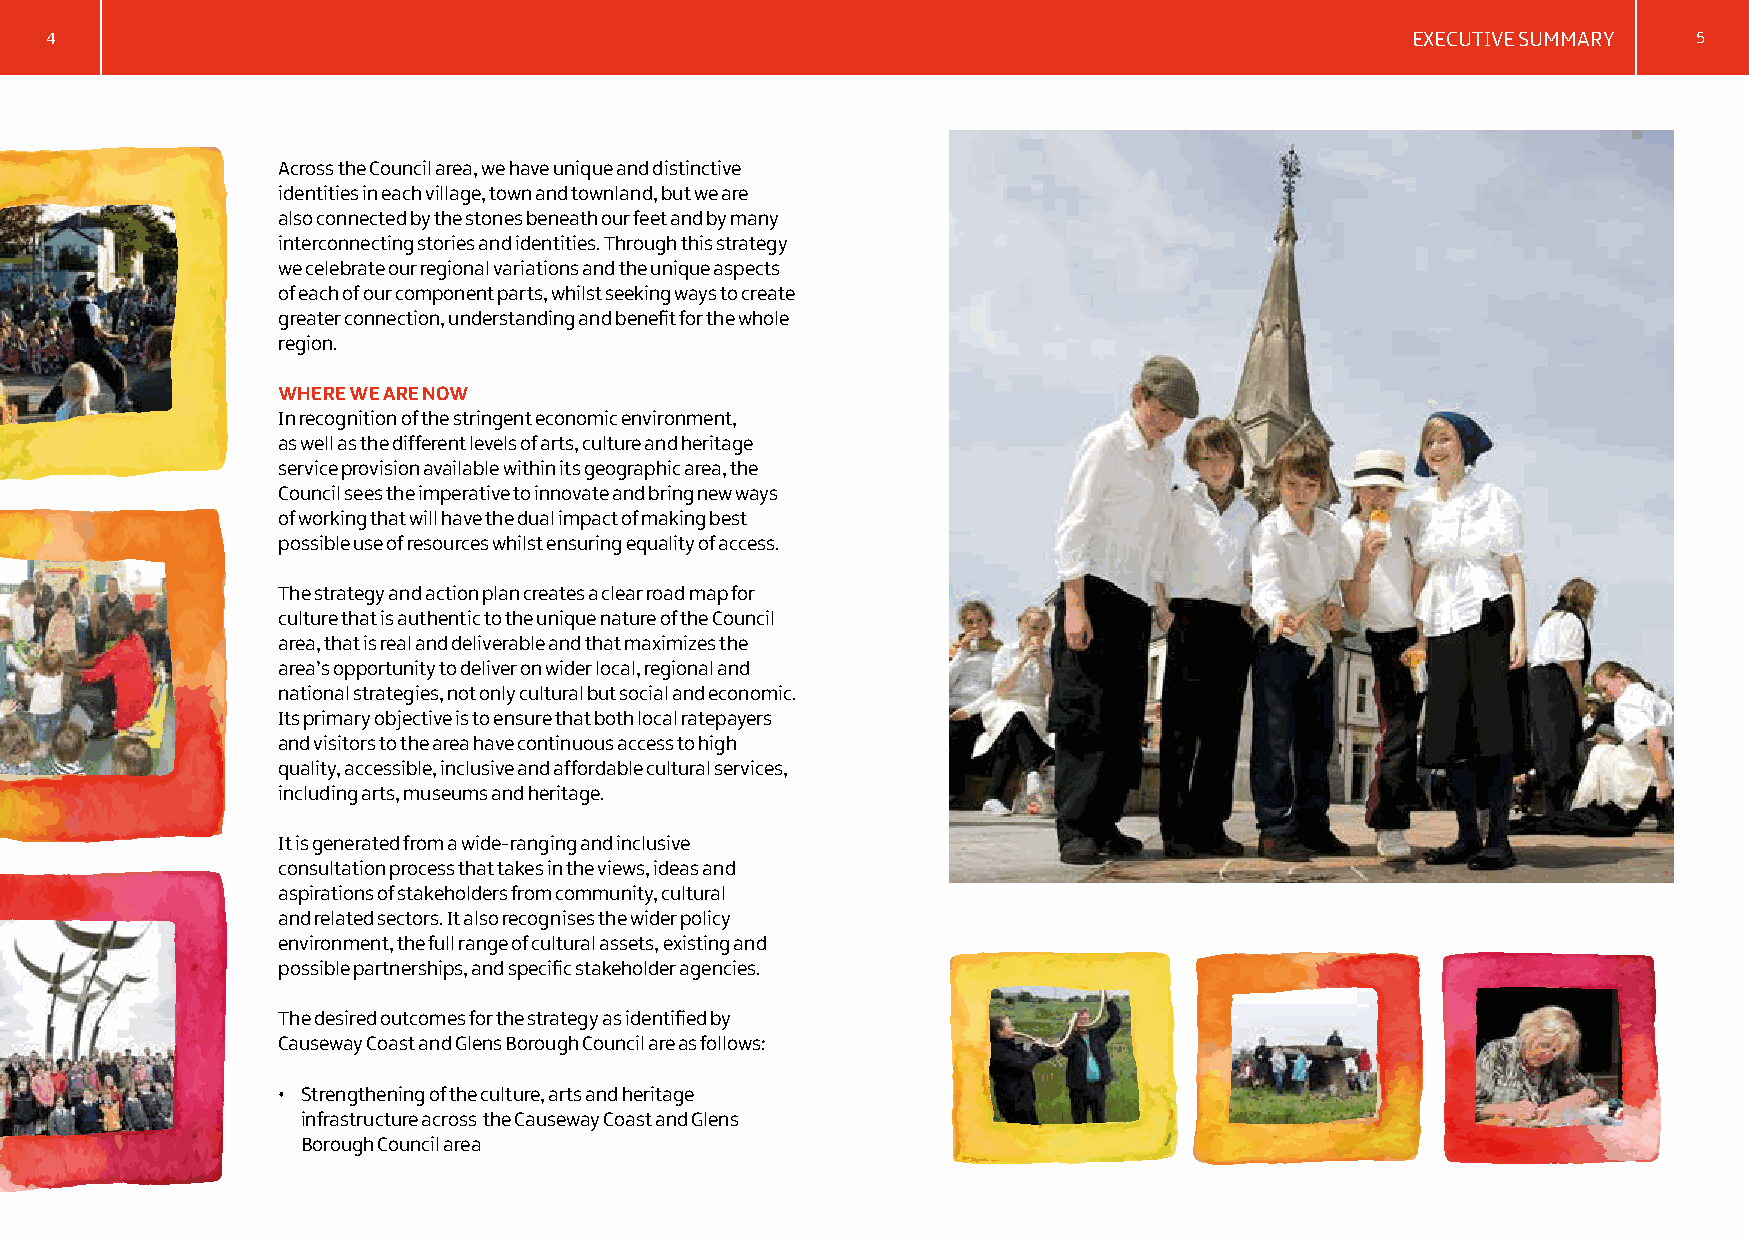
4                                                                                         EXECUTIVE SUMMARY  5
 Across the Council area, we have unique and distinctive
 identities in each village, town and townland, but we are
 also connected by the stones beneath our feet and by many
 interconnecting stories and identities. Through this strategy
 we celebrate our regional variations and the unique aspects
 of each of our component parts, whilst seeking ways to create
 greater connection, understanding and benefit for the whole
 region.
 WHERE WE ARE NOW
 In recognition of the stringent economic environment,
 as well as the different levels of arts, culture and heritage
 service provision available within its geographic area, the
 Council sees the imperative to innovate and bring new ways
 of working that will have the dual impact of making best
 possible use of resources whilst ensuring equality of access.
 The strategy and action plan creates a clear road map for
 culture that is authentic to the unique nature of the Council
 area, that is real and deliverable and that maximizes the
 area’s opportunity to deliver on wider local, regional and
 national strategies, not only cultural but social and economic.
 Its primary objective is to ensure that both local ratepayers
 and visitors to the area have continuous access to high
 quality, accessible, inclusive and affordable cultural services,
 including arts, museums and heritage.
 It is generated from a wide-ranging and inclusive
 consultation process that takes in the views, ideas and
 aspirations of stakeholders from community, cultural
 and related sectors. It also recognises the wider policy
 environment, the full range of cultural assets, existing and
 possible partnerships, and specific stakeholder agencies.
 The desired outcomes for the strategy as identified by
 Causeway Coast and Glens Borough Council are as follows:
 • Strengthening of the culture, arts and heritage
 infrastructure across the Causeway Coast and Glens
 Borough Council area